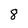
Character: 8